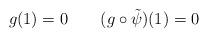
LaTeX: \begin{align*}g(1)=0\qquad(g \circ \tilde{\psi})(1)=0\end{align*}